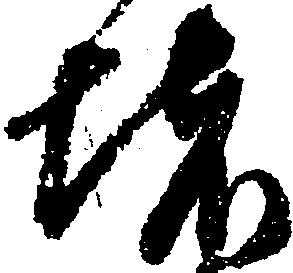
堵